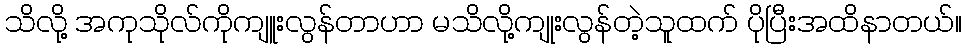
သိလို့ အကုသိုလ်ကိုကျူးလွန်တာဟာ မသိလို့ကျုးလွန်တဲ့သူထက် ပိုပြီးအထိနာတယ်။